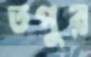
তপুর